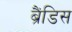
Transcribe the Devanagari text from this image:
ब्रैंडिस